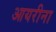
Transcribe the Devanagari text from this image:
आयरीना